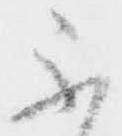
不